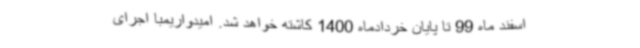
اسفند ماه 99 تا پایان خردادماه 1400 کاشته خواهد شد. امیدواریمبا اجرای